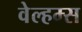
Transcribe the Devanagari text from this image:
वेल्हम्स